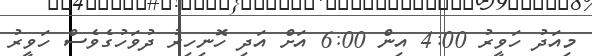
މިއަދު ހަވީރު 4:00 އިން 6:00 އަށް އަދި ހޮނިހިރު ދުވަހުގެވެސް ހަވީރު